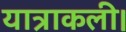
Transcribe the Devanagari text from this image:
यात्राकली।